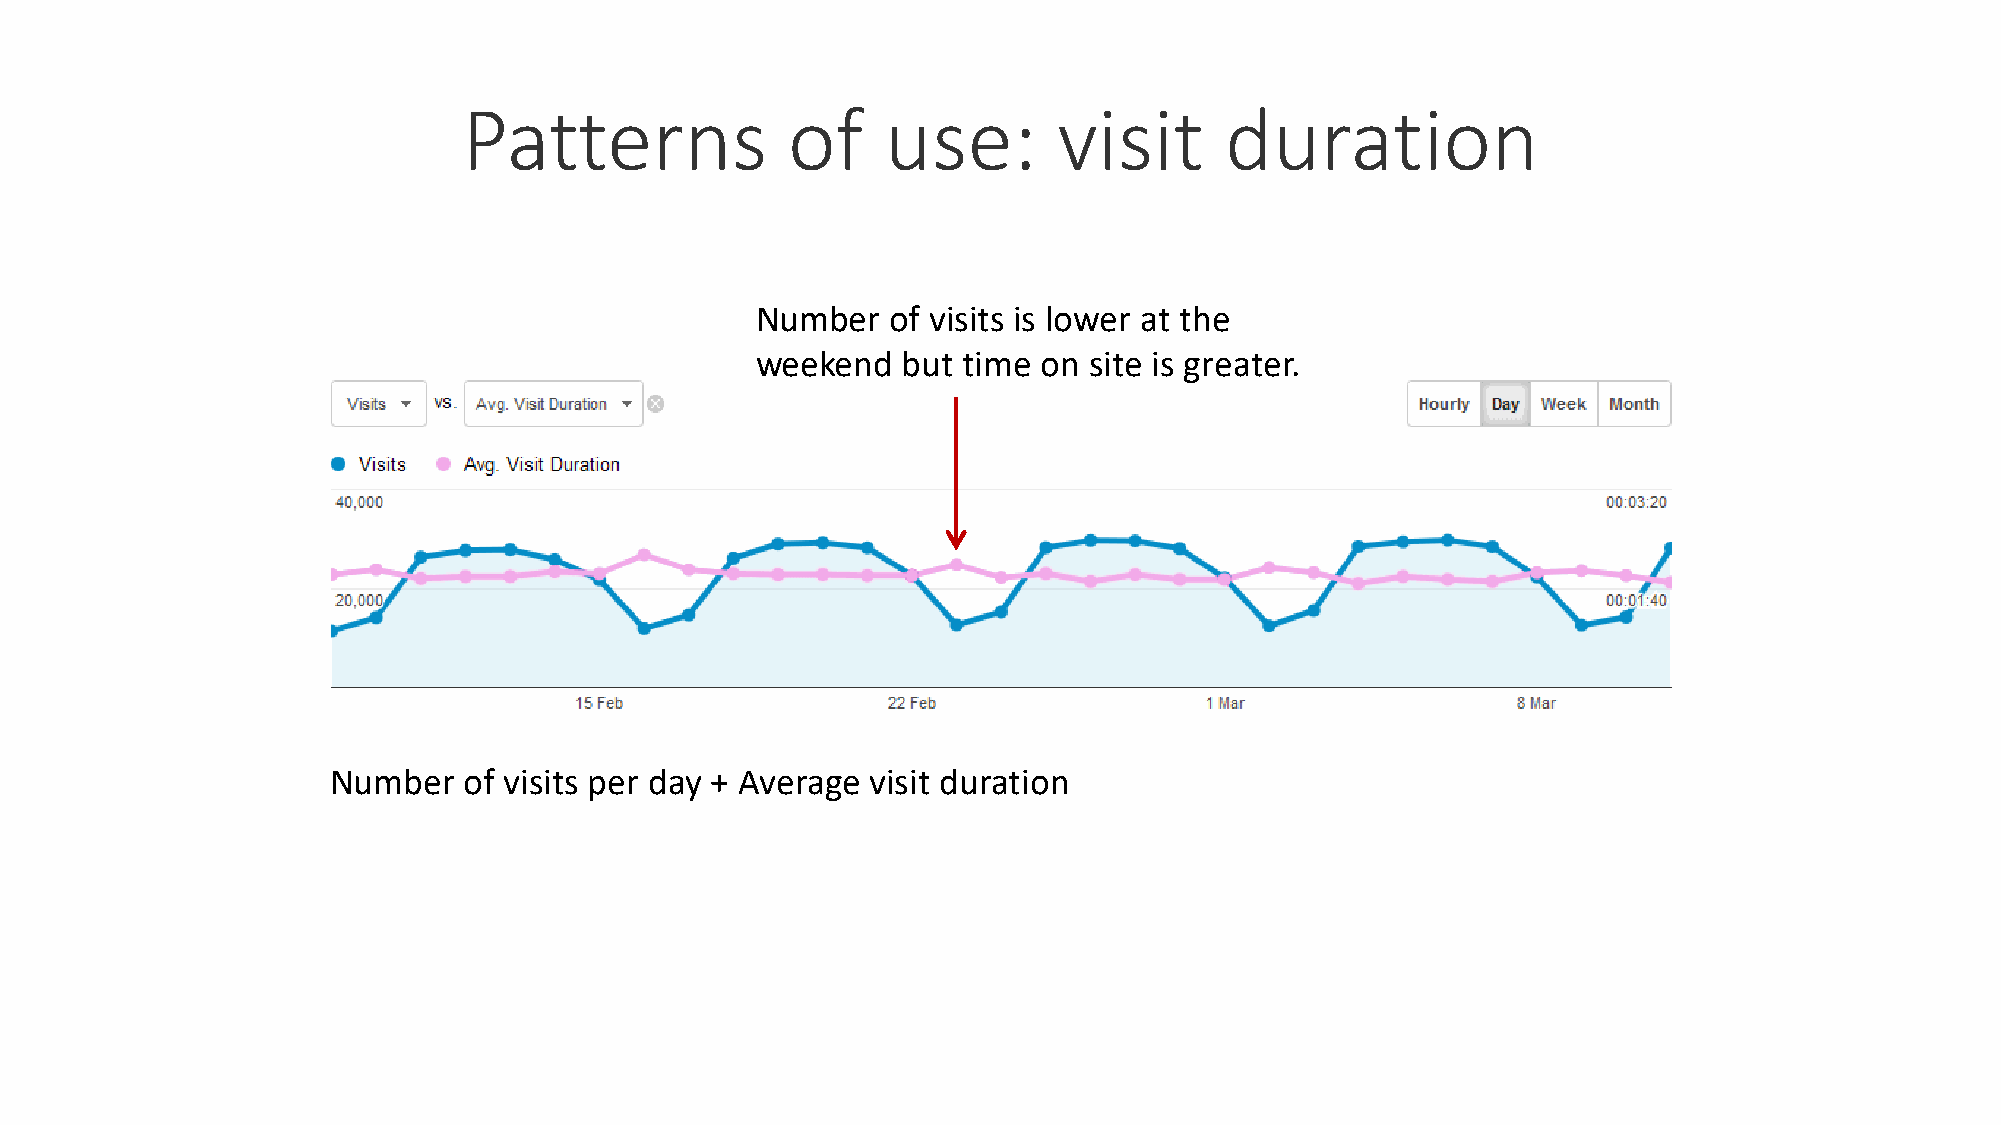
Patterns             of     use:       visit      duration
 Number   of visits is lower at the
 weekend   but time on site is greater.
 Number   of visits per day + Average visit duration